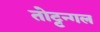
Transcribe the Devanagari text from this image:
तोट्टन्गल